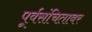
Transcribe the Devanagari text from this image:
पूर्वसंचितावर